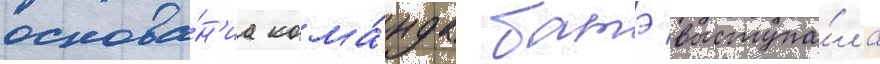
основа́н'иа кома́нда батэ выступа́ла